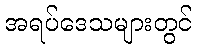
အရပ်ဒေသများတွင်